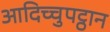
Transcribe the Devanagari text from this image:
आदिच्चुपट्ठान